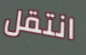
انتقل